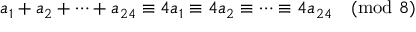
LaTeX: a _ { 1 } + a _ { 2 } + \cdots + a _ { 2 4 } \equiv 4 a _ { 1 } \equiv 4 a _ { 2 } \equiv \cdots \equiv 4 a _ { 2 4 } { \pmod { 8 } }